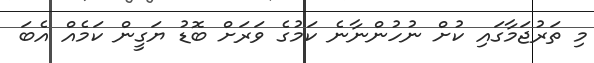
މި ތަރުޖަމާގައި ކުށް ނުހުންނާނެ ކަމުގެ ވަރަށް ބޮޑު ޔަގީން ކަމެއް އެބަ